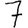
Digit: 7